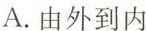
A.由外到内